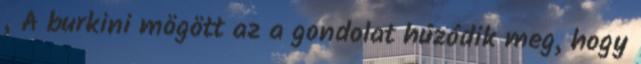
„A burkini mögött az a gondolat húzódik meg, hogy